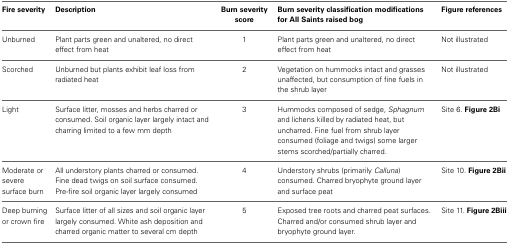
<table><thead><tr><td><b>Fire severity</b></td><td><b>Description</b></td><td><b>Burn severity score</b></td><td><b>Burn severity classification modifications for All Saints raised bog</b></td><td><b>Figure references</b></td></tr></thead><tbody><tr><td>Unburned</td><td>Plant parts green and unaltered, no direct effect from heat</td><td>1</td><td>Plant parts green and unaltered, no direct effect from heat</td><td>Not illustrated</td></tr><tr><td>Scorched</td><td>Unburned but plants exhibit leaf loss from radiated heat</td><td>2</td><td>Vegetation on hummocks intact and grasses unaffected, but consumption of fine fuels in the shrub layer</td><td>Not illustrated</td></tr><tr><td>Light</td><td>Surface litter, mosses and herbs charred or consumed. Soil organic layer largely intact and charring limited to a few mm depth</td><td>3</td><td>Hummocks composed of sedge, <i>Sphagnum</i> and lichens killed by radiated heat, but uncharred. Fine fuel from shrub layer consumed (foliage and twigs) some larger stems scorched/partially charred.</td><td>Site 6. <b>Figure 2Bi</b></td></tr><tr><td>Moderate or severe surface burn</td><td>All understory plants charred or consumed. Fine dead twigs on soil surface consumed. Pre-fire soil organic layer largely consumed</td><td>4</td><td>Understory shrubs (primarily <i>Calluna</i>) consumed. Charred bryophyte ground layer and surface peat</td><td>Site 10. <b>Figure 2Bii</b></td></tr><tr><td>Deep burning or crown fire</td><td>Surface litter of all sizes and soil organic layer largely consumed. White ash deposition and charred organic matter to several cm depth</td><td>5</td><td>Exposed tree roots and charred peat surfaces. Charred and/or consumed shrub layer and bryophyte ground layer.</td><td>Site 11. <b>Figure 2Biii</b></td></tr></tbody></table>